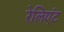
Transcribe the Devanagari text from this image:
रेलिएंट